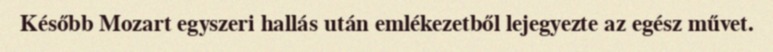
Később Mozart egyszeri hallás után emlékezetből lejegyezte az egész művet.